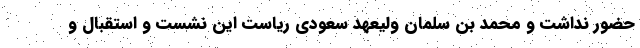
حضور نداشت و محمد بن سلمان ولیعهد سعودی ریاست این نشست و استقبال و